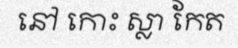
នៅ កោះ ស្លា កែត